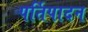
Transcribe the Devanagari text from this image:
पर्तिपादन